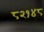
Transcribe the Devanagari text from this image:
८२१४८